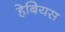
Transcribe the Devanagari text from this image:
हेबियस